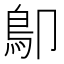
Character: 𩾓